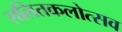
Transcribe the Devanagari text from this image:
ललितकलोत्सव